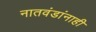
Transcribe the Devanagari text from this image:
नातवंडांनाही